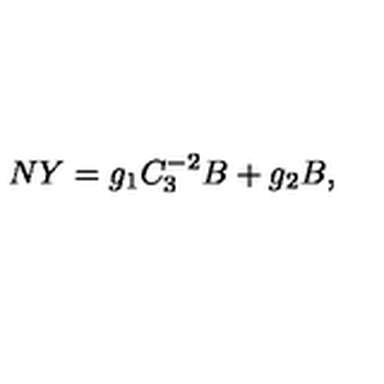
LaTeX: N Y = g _ { 1 } C _ { 3 } ^ { - 2 } B + g _ { 2 } B ,